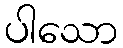
ပါသော